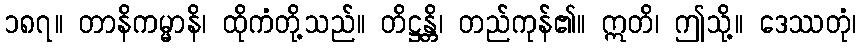
၁၈၇။ တာနိကမ္မာနိ၊ ထိုကံတို့သည်။ တိဋ္ဌန္တိ၊ တည်ကုန်၏။ ဣတိ၊ ဤသို့။ ဒေဿတုံ၊